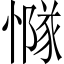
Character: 𢢊